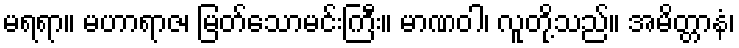
မရရာ။ မဟာရာဇ၊ မြတ်သောမင်းကြီး။ မာဏဝါ၊ လူတို့သည်။ အမိတ္တာနံ၊